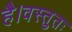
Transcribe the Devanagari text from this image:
है।वस्तुतः